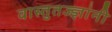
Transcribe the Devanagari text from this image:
वास्तुतज्ज्ञांनी